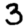
Digit: 3